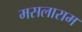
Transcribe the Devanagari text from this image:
मसलाराम